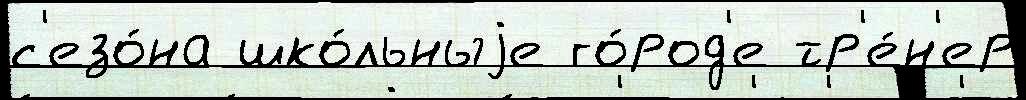
с'езо́на шко́льныjе го́род'е тр'е́н'ер